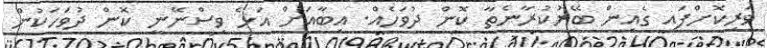
ވަރިކޮށްފައި ގެއިން ބޭރުކުރާނެތާ ކޮން ދުވަހެއް. އިބާއަށް އަޅެ ވިސްނޭނީ ކޮން ދުވަހަކުން